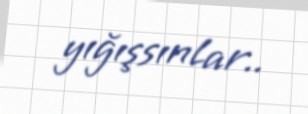
yığışsınlar..